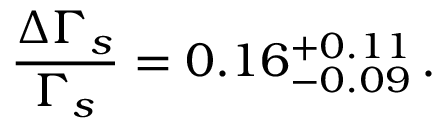
\frac { \Delta \Gamma _ { s } } { \Gamma _ { s } } = 0 . 1 6 _ { - 0 . 0 9 } ^ { + 0 . 1 1 } \, .